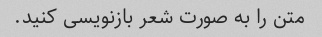
متن را به صورت شعر بازنویسی کنید.